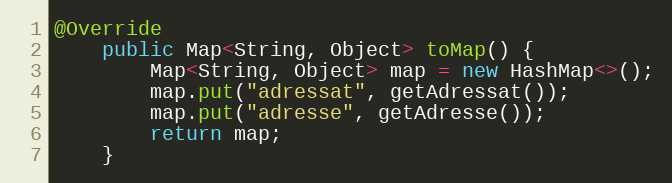
Language: Java
@Override
    public Map<String, Object> toMap() {
        Map<String, Object> map = new HashMap<>();
        map.put("adressat", getAdressat());
        map.put("adresse", getAdresse());
        return map;
    }